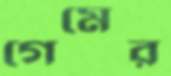
গেমের